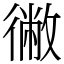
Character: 徶